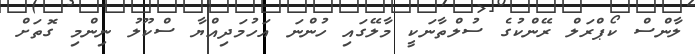
ލާންސް ކޯޕްރަލް ރޭންކުގެ ސުލްތާނަކީ މާލޭގައި ހުންނަ އަހުމަދިއްޔާ ސްކޫލު ނިންމި ގޮތަށް